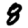
Digit: 8